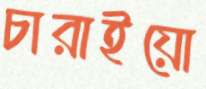
চারাইয়ো